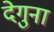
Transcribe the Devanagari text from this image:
देगुना